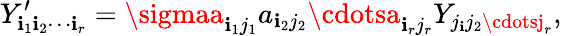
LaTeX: Y_{\mathbf{i}_{1}\mathbf{i}_{2}\cdots\mathbf{i}_{r}}^{\prime}=\sigmaa_{\mathbf{i}_{1}j_{1}}a_{\mathbf{i}_{2}j_{2}}\cdotsa_{\mathbf{i}_{r}j_{r}}Y_{j_{\mathbf{i}}j_{2}\cdotsj_{r}},